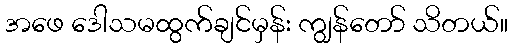
အဖေ ဒေါသမထွက်ချင်မှန်း ကျွန်တော် သိတယ်။